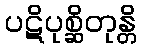
ပဋိပုစ္ဆိတုန္တိ